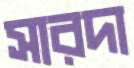
সারদা